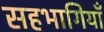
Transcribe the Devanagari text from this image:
सहभागियाँ